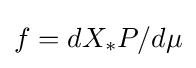
f=dX_{*}P/d\mu